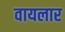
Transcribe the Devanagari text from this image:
वायलार